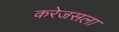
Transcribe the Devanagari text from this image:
करेजसला